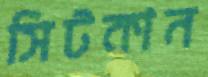
সিটকান